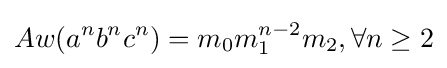
Aw(a^{n}b^{n}c^{n})=m_{0}m_{1}^{n-2}m_{2},\forall n\geq 2